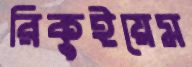
রিকুইয়েম